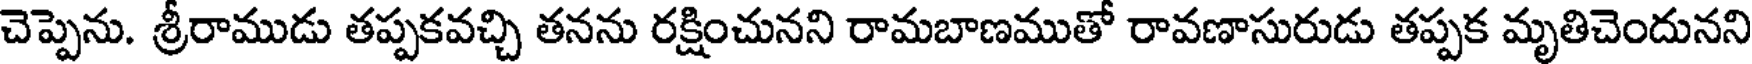
చెప్పెను. శ్రీరాముడు తప్పకవచ్చి తనను రక్షించునని రామబాణముతో రావణాసురుడు తప్పక మృతిచెందునని